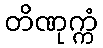
တိဏုက္ကံ